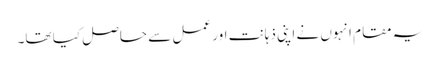
یہ مقام انہوں نے اپنی ذہانت اور عمل سے حاصل کیا تھا۔